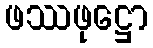
ဖဿဖုဋ္ဌော